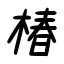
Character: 椿